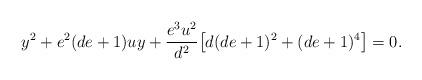
LaTeX: \begin{align*}y^2+e^2(de+1)uy+\frac{e^3u^2}{d^2}\bigl[d(de+1)^2+(de+1)^4\bigr]=0.\end{align*}